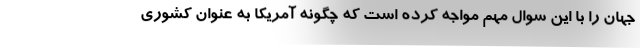
جهان را با این سوال مهم مواجه کرده است که چگونه آمریکا به عنوان کشوری